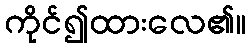
ကိုင်၍ထားလေ၏။